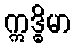
ဣဒ္ဓိမာ